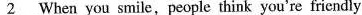
\underline{2} When you smile,people think you're friendly